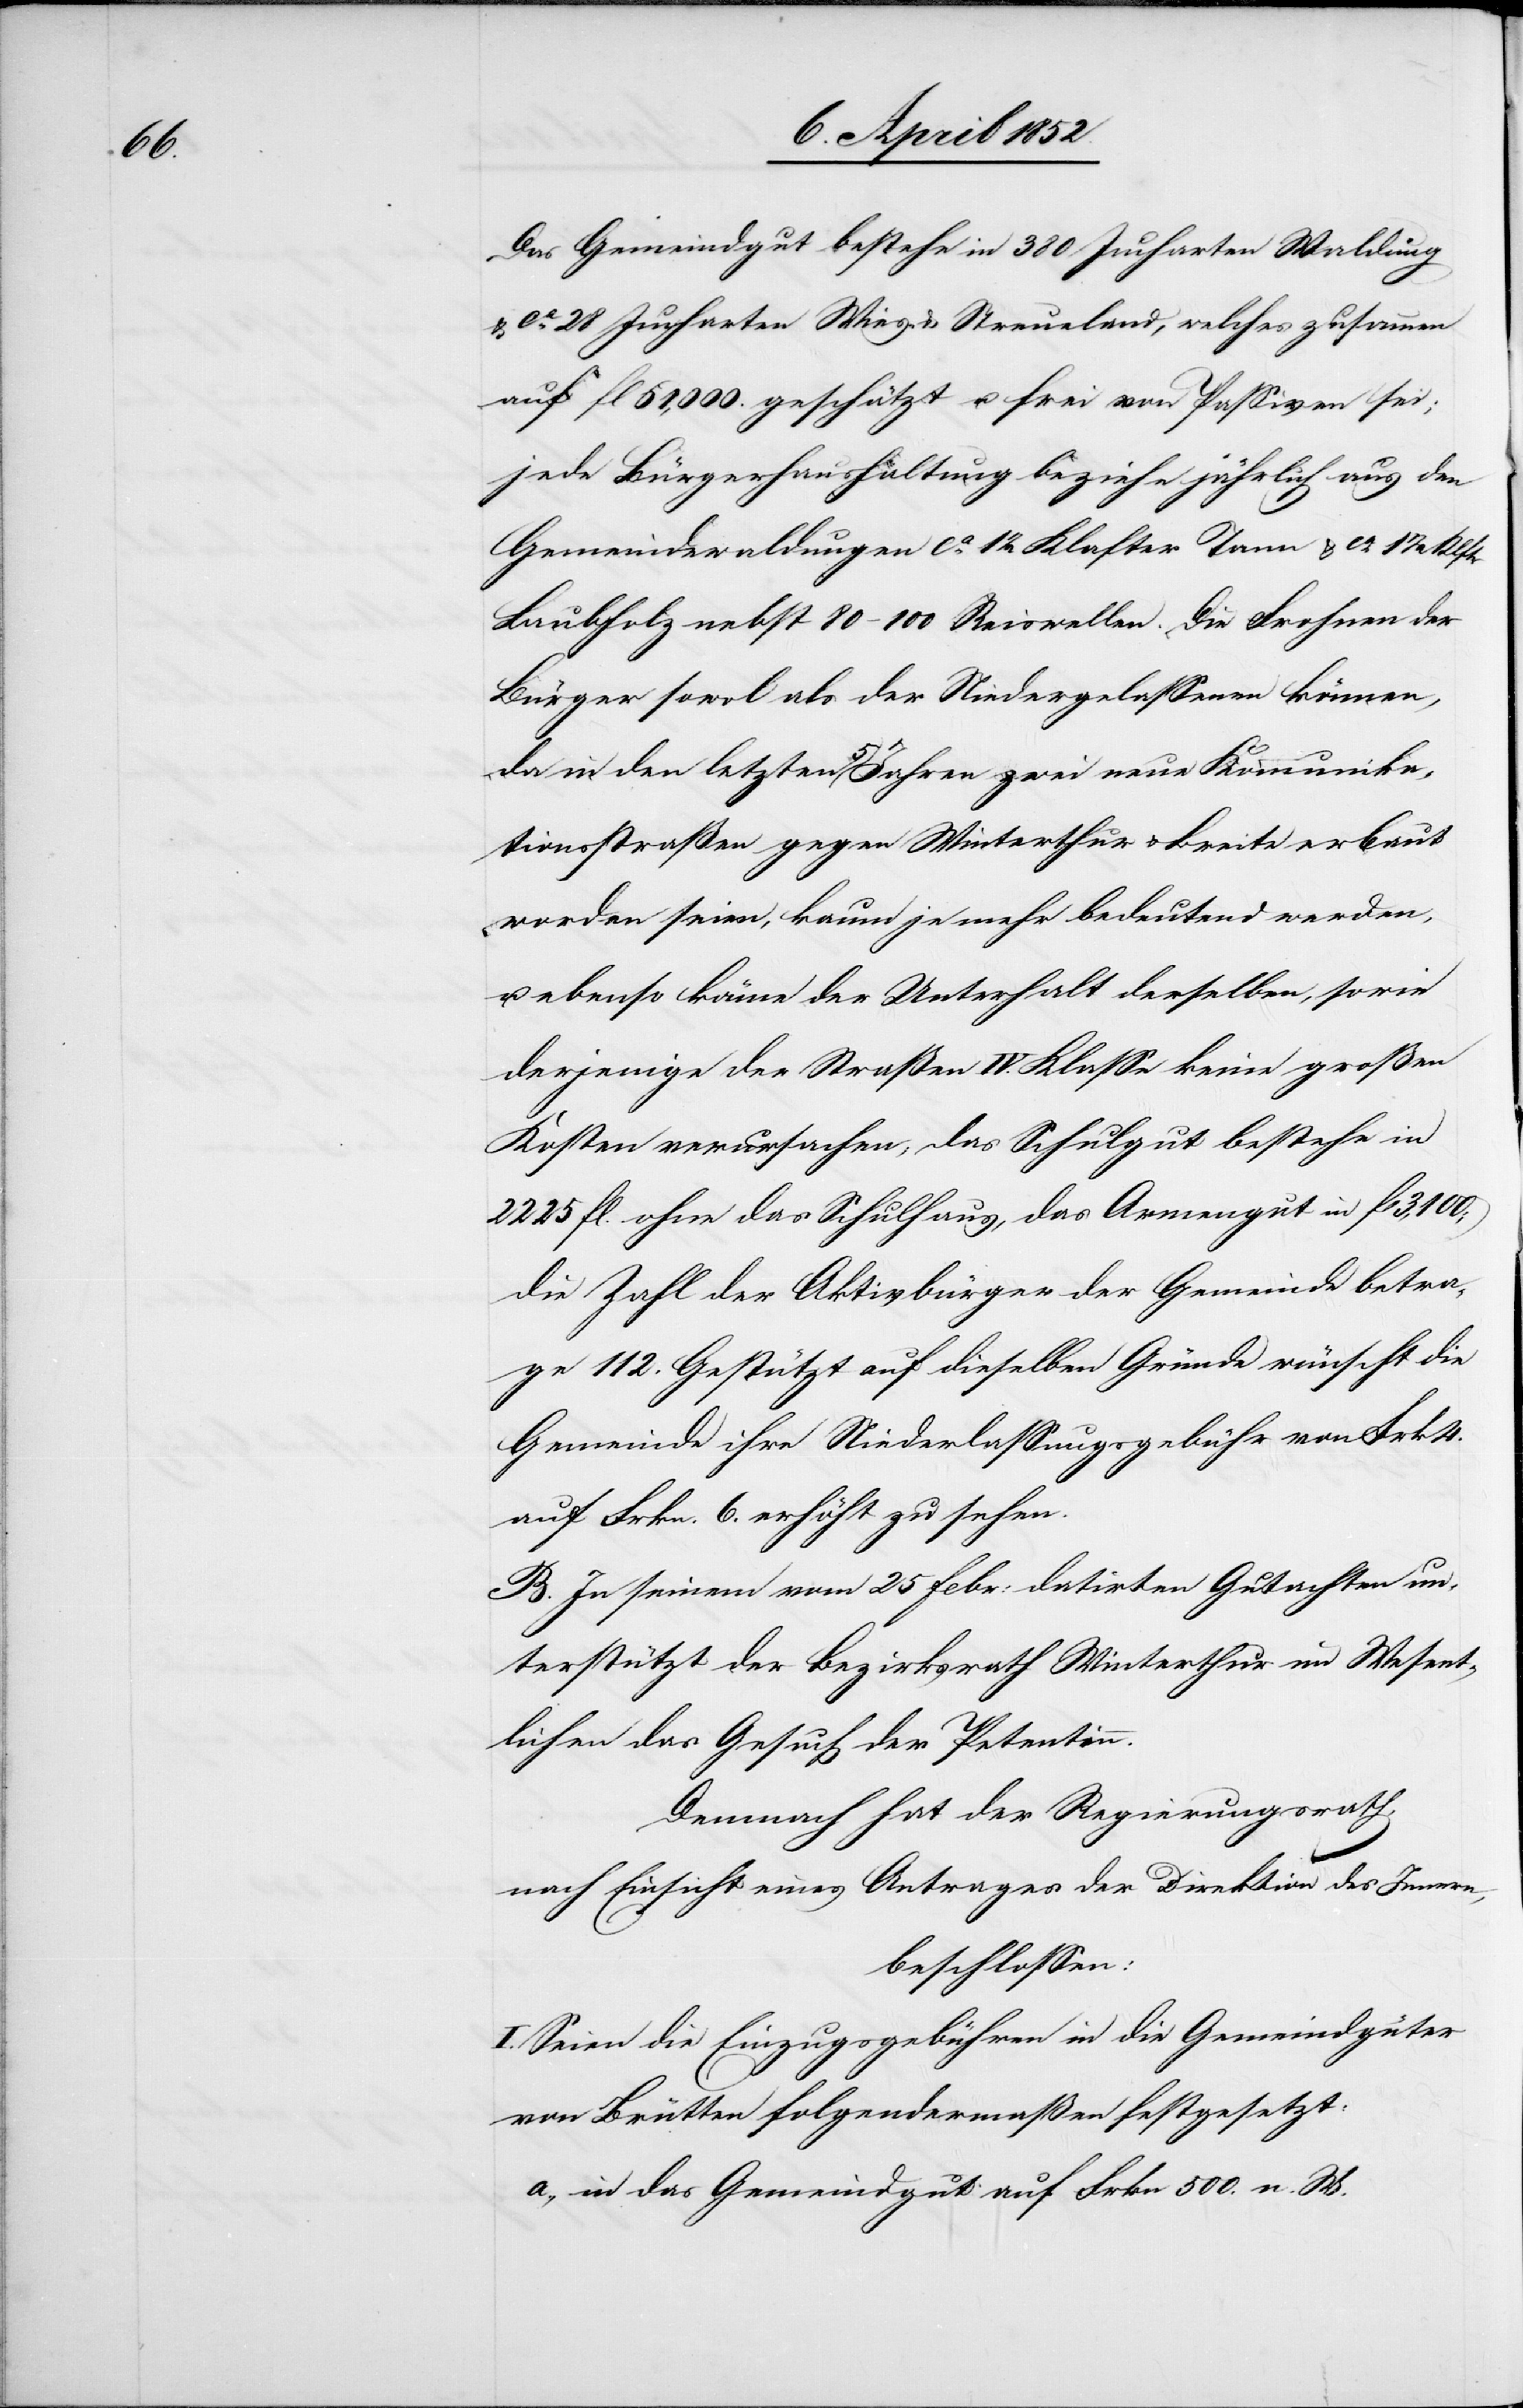
500.

Das Gemeindgut bestehe in 380 Jucharten Waldung
ca. 28 Jucharten Wies- & Streueland, welches zusammen
auf fl 61,000. geschätzt u. frei von Passiven sei;
jede Bürgerhaushaltung beziehe jährlich aus den
Gemeindewaldungen ca. 12 Klafter Tann[-] & ca. 1 1/2 Klftr
Laubholz nebst 80–100 Reiswellen. Die Frohnen der
Bürger sowol als der Niedergelassenen können,
da in den letzten 5 Jahren zwei neue Kommunika¬
tionsstraßen gegen Winterthur & Breite erbaut
worden seien, kaum je mehr bedeutend werden,
u. ebenso könne der Unterhalt derselben, sowie
derjenige der Straßen IV. Klasse keine großen
Kosten verursachen, das Schulgut bestehe in
2225 fl. ohne das Schulhaus, das Armengut in fl 3,100;
Die Zahl der Aktivbürger der Gemeinde betra¬
ge 112. Gestützt auf dieselben Gründe wünscht die
Gemeinde ihre Niederlassungsgebühr von Frk 4.
auf Frkn. 6. erhöht zu sehen.
B. In seinem vom 25 Febr: datirten Gutachten un¬
terstützt der Bezirksrath Winterthur im Wesent¬
lichen das Gesuch der Petentinn.
Demnach hat der Regierungsrath,
nach Einsicht eines Antrages der Direktion des Innern,
beschlossen:
I. Seien die Einzugsgebühren in die Gemeindgüter
von Brütten folgendermaßen festgesetzt: